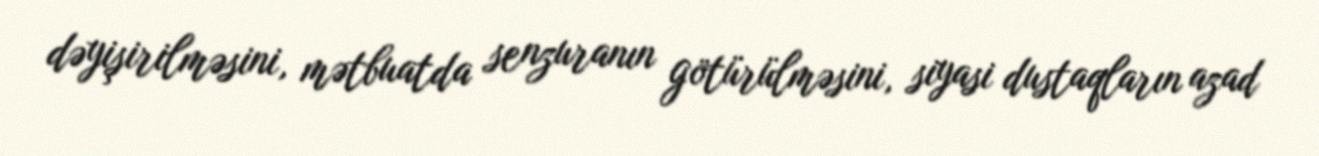
dəyişirilməsini, mətbuatda senzuranın götürülməsini, siyasi dustaqların azad